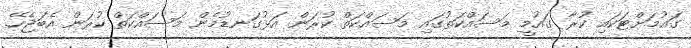
ގައުމަށްޓަކައި ކުރާ ގައުމީ މަސައްކަތުގައި މަސައްކަތް ކުރަން އަޅުގަނޑުމެން މަސައްކަތް ކުރަން އެބަޖެހޭ.